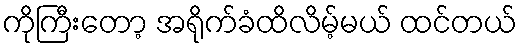
ကိုကြီးတော့ အရိုက်ခံထိလိမ့်မယ် ထင်တယ်